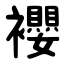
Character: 䙬